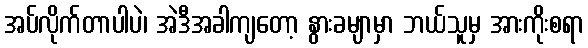
အပ်လိုက်တာပါပဲ၊ အဲဒီအခါကျတော့ နွားခမျာမှာ ဘယ်သူမှ အားကိုးစရာ